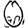
Digit: 0